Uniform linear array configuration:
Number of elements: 32
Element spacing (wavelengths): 1
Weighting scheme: hann
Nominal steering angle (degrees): -60
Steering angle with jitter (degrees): -60.824
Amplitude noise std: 0.05
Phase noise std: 0.05

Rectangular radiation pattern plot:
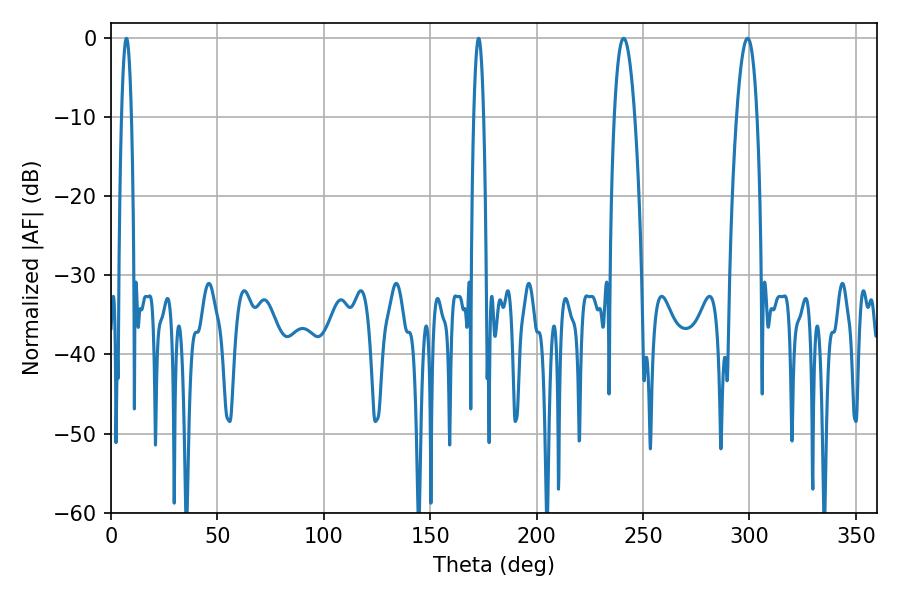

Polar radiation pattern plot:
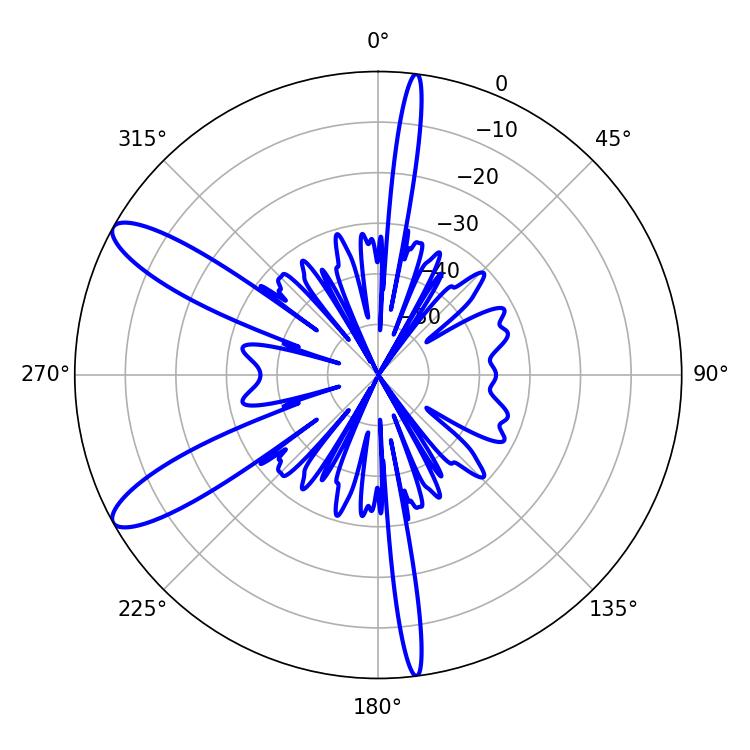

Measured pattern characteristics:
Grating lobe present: TRUE
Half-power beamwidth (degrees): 5.4
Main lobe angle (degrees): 240.84